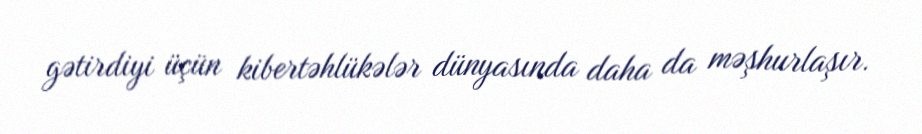
gətirdiyi üçün kibertəhlükələr dünyasında daha da məşhurlaşır.